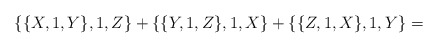
\begin{align*}\{\{X,1,Y\},1,Z\}+\{\{Y,1,Z\},1,X\}+\{\{Z,1,X\},1,Y\}=\end{align*}